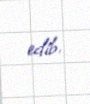
edib.